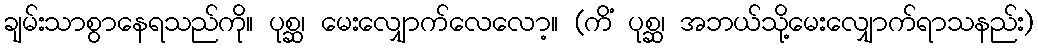
ချမ်းသာစွာနေရသည်ကို။ ပုစ္ဆ၊ မေးလျှောက်လေလော့။ (ကိံ ပုစ္ဆ၊ အဘယ်သို့မေးလျှောက်ရာသနည်း)